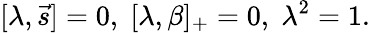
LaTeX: [\lambda,\vec{s}]=0,\; [\lambda,\beta]_{+}=0,\; \lambda^{2}=1.